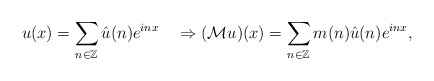
\begin{align*}u(x)=\sum_{n\in\mathbb{Z}}\hat{u}(n)e^{inx}\quad\Rightarrow(\mathcal{M}u)(x)=\sum_{n\in\mathbb{Z}}m(n)\hat{u}(n)e^{inx},\end{align*}